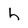
Character: h